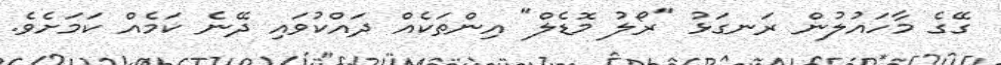
ގޭގެ މާހައުލުން ރަނގަޅު "ރޯލު މޮޑެލް" އިންތަކެއް ދައްކުވައި ދޭނެ ކަމެއް ކަމަށެވެ.